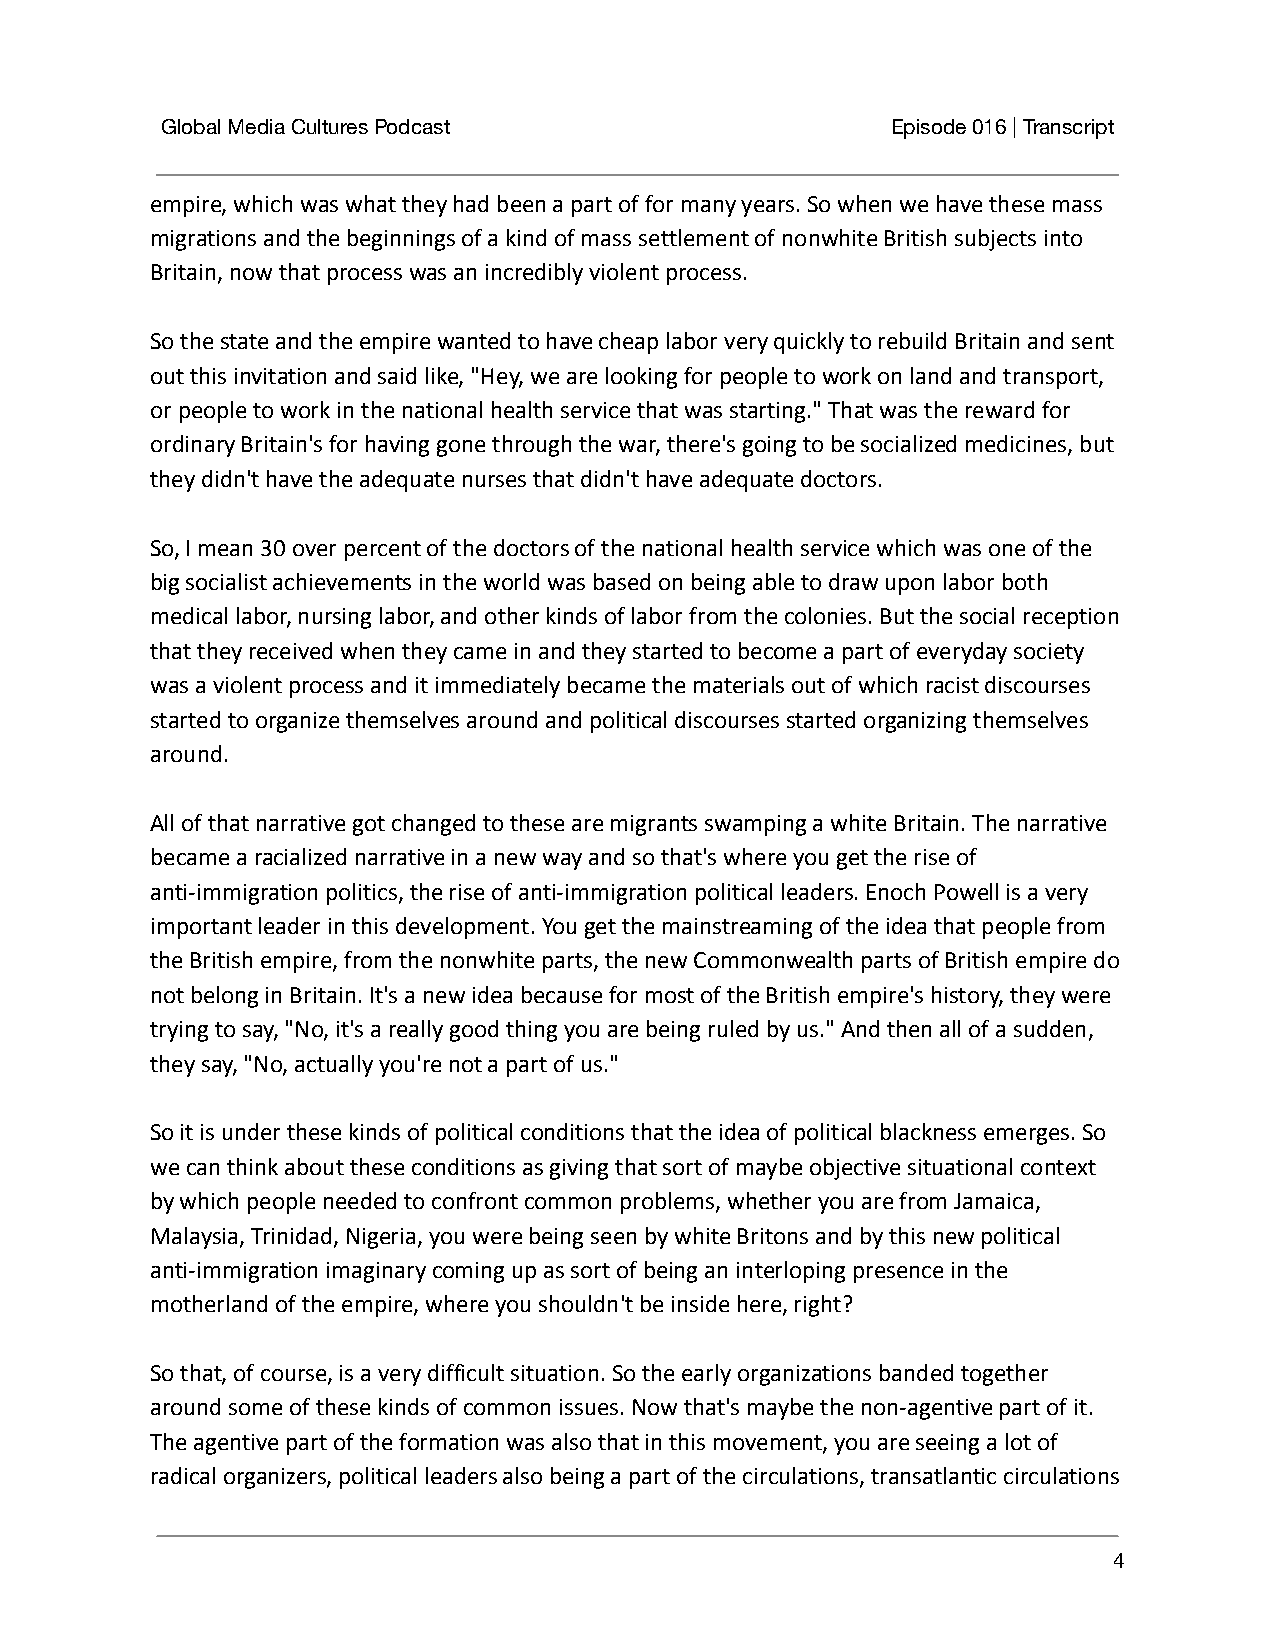
Global Media Cultures Podcast                   Episode 016 | Transcript
 empire, which was what they had been a part of for many years. So when we have these mass
 migrations and the beginnings of a kind of mass settlement of nonwhite British subjects into
 Britain, now that process was an incredibly violent process.
 So the state and the empire wanted to have cheap labor very quickly to rebuild Britain and sent
 out this invitation and said like, "Hey, we are looking for people to work on land and transport,
 or people to work in the national health service that was starting." That was the reward for
 ordinary Britain's for having gone through the war, there's going to be socialized medicines, but
 they didn't have the adequate nurses that didn't have adequate doctors.
 So, I mean 30 over percent of the doctors of the national health service which was one of the
 big socialist achievements in the world was based on being able to draw upon labor both
 medical labor, nursing labor, and other kinds of labor from the colonies. But the social reception
 that they received when they came in and they started to become a part of everyday society
 was a violent process and it immediately became the materials out of which racist discourses
 started to organize themselves around and political discourses started organizing themselves
 around.
 All of that narrative got changed to these are migrants swamping a white Britain. The narrative
 became a racialized narrative in a new way and so that's where you get the rise of
 anti-immigration politics, the rise of anti-immigration political leaders. Enoch Powell is a very
 important leader in this development. You get the mainstreaming of the idea that people from
 the British empire, from the nonwhite parts, the new Commonwealth parts of British empire do
 not belong in Britain. It's a new idea because for most of the British empire's history, they were
 trying to say, "No, it's a really good thing you are being ruled by us." And then all of a sudden,
 they say, "No, actually you're not a part of us."
 So it is under these kinds of political conditions that the idea of political blackness emerges. So
 we can think about these conditions as giving that sort of maybe objective situational context
 by which people needed to confront common problems, whether you are from Jamaica,
 Malaysia, Trinidad, Nigeria, you were being seen by white Britons and by this new political
 anti-immigration imaginary coming up as sort of being an interloping presence in the
 motherland of the empire, where you shouldn't be inside here, right?
 So that, of course, is a very difficult situation. So the early organizations banded together
 around some of these kinds of common issues. Now that's maybe the non-agentive part of it.
 The agentive part of the formation was also that in this movement, you are seeing a lot of
 radical organizers, political leaders also being a part of the circulations, transatlantic circulations
 4